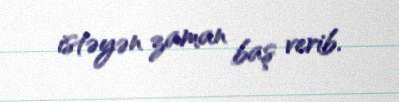
istəyən zaman baş verib.